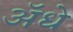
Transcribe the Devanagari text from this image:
ॲधे